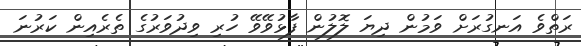
ރަތްވެ އަނގުރަށް ވަމުން ދިޔަ ލޮލުން ފާޅުވޭވޭ ހުރި ވިދުވަރުގެ ތެރެއިން ކަރުނަ